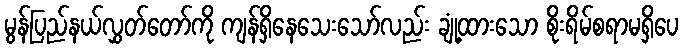
မွန်ပြည်နယ်လွှတ်တော်ကို ကျန်ရှိနေသေးသော်လည်း ချုံ့ထားသော စိုးရိမ်စရာမရှိပေ